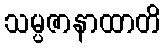
သမ္ပဇာနာထာတိ